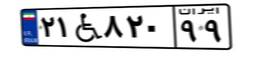
۸۷W۱۹۸۱۵